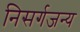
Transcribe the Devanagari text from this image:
निसर्गजन्य